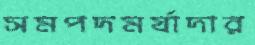
সমপদমর্যাদার